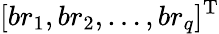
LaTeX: [br_{1},br_{2},\ldots,br_{q}]^{\mathrm{T}}